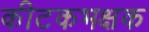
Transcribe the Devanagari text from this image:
कीटकभक्षक